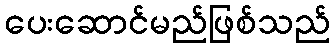
ပေးဆောင်မည်ဖြစ်သည်